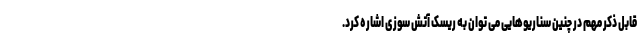
قابل ذکر مهم در چنین سناریوهایی می توان به ریسک آتش سوزی اشاره کرد.